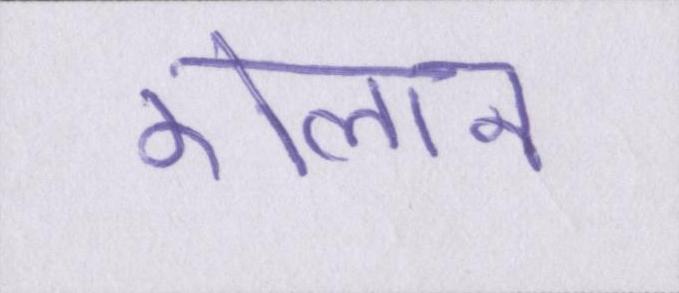
ऐलान